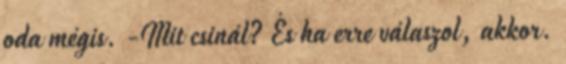
oda mégis. -Mit csinál? És ha erre válaszol, akkor.